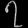
Digit: ၇